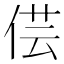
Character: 𠊁